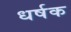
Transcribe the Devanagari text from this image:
धर्षक